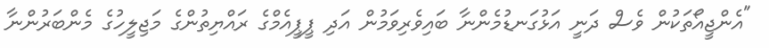
"އެންޖީއޯތަކުން ވެސް ދަނީ އަޅުގަނޑުމެންނާ ބައިވެރިވަމުން އަދި ޕީޕީއެމްގެ ރައްޔިތުންގެ މަޖިލީހުގެ މެންބަރުންނާ